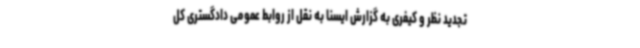
تجدید نظر و کیفری به گزارش ایسنا به نقل از روابط عمومی دادگستری کل